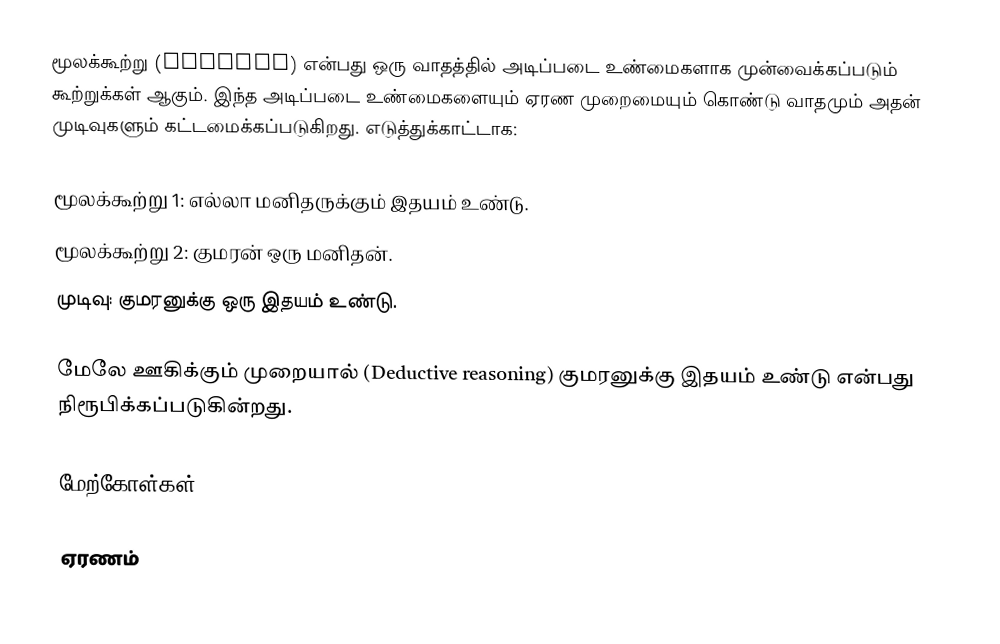
மூலக்கூற்று (premise) என்பது ஒரு வாதத்தில் அடிப்படை உண்மைகளாக முன்வைக்கப்படும் கூற்றுக்கள் ஆகும். இந்த அடிப்படை உண்மைகளையும் ஏரண முறைமையும் கொண்டு வாதமும் அதன் முடிவுகளும் கட்டமைக்கப்படுகிறது. எடுத்துக்காட்டாக:

 மூலக்கூற்று 1: எல்லா மனிதருக்கும் இதயம் உண்டு.
 மூலக்கூற்று 2: குமரன் ஒரு மனிதன்.
 முடிவு: குமரனுக்கு ஒரு இதயம் உண்டு.

மேலே ஊகிக்கும் முறையால் (Deductive reasoning) குமரனுக்கு இதயம் உண்டு என்பது நிரூபிக்கப்படுகின்றது.

மேற்கோள்கள்

ஏரணம்